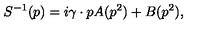
S ^ { - 1 } ( p ) = i \gamma \cdot p A ( p ^ { 2 } ) + B ( p ^ { 2 } ) ,